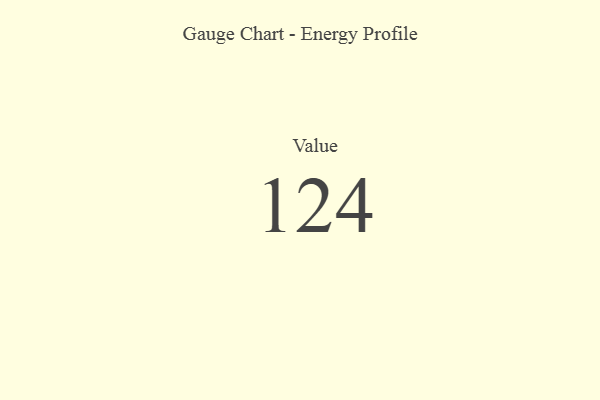
{"axis": {"x": "Metric", "y": "Value"}, "legend": [""], "data": [{"x": "Value", "y": 124, "type": ""}]}